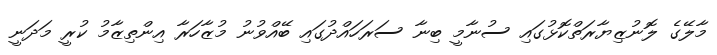
މާލޭގެ ލޮނުޒިޔާރަތްކޮޅުގައި ސުނާމީ ބިނާ ސަރަހައްދުގައި ބޭއްވުނު މުޒާހަރާ އިންތިޒާމު ކުރީ މަދަނީ